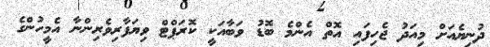
ދުނިޔެއަށް މިއަދު ޖެހިފައި އޮތް އެންމެ ބޮޑު ވަބާއަކީ ކޮރަޕްޓް ވިޔަފާރިވެރިންނާ އެމީހުންގެ